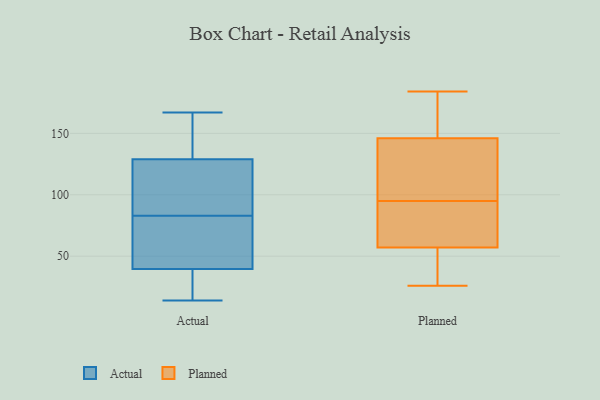
{"axis": {"x": "Operating Costs (USD K)", "y": "Value"}, "legend": ["Actual", "Planned"], "data": [{"x": "", "y": 47, "type": "Actual"}, {"x": "", "y": 138, "type": "Actual"}, {"x": "", "y": 88, "type": "Actual"}, {"x": "", "y": 67, "type": "Actual"}, {"x": "", "y": 32, "type": "Actual"}, {"x": "", "y": 78, "type": "Actual"}, {"x": "", "y": 120, "type": "Actual"}, {"x": "", "y": 14, "type": "Actual"}, {"x": "", "y": 123, "type": "Actual"}, {"x": "", "y": 124, "type": "Actual"}, {"x": "", "y": 16, "type": "Actual"}, {"x": "", "y": 104, "type": "Actual"}, {"x": "", "y": 134, "type": "Actual"}, {"x": "", "y": 51, "type": "Actual"}, {"x": "", "y": 160, "type": "Actual"}, {"x": "", "y": 161, "type": "Actual"}, {"x": "", "y": 167, "type": "Actual"}, {"x": "", "y": 32, "type": "Actual"}, {"x": "", "y": 16, "type": "Actual"}, {"x": "", "y": 63, "type": "Actual"}, {"x": "", "y": 125, "type": "Planned"}, {"x": "", "y": 184, "type": "Planned"}, {"x": "", "y": 99, "type": "Planned"}, {"x": "", "y": 55, "type": "Planned"}, {"x": "", "y": 90, "type": "Planned"}, {"x": "", "y": 57, "type": "Planned"}, {"x": "", "y": 171, "type": "Planned"}, {"x": "", "y": 66, "type": "Planned"}, {"x": "", "y": 172, "type": "Planned"}, {"x": "", "y": 33, "type": "Planned"}, {"x": "", "y": 146, "type": "Planned"}, {"x": "", "y": 26, "type": "Planned"}, {"x": "", "y": 91, "type": "Planned"}, {"x": "", "y": 110, "type": "Planned"}]}